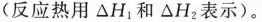
(反应热用△H_{1}和△H_{2}表示)。